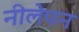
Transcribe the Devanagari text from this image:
नीलेपन